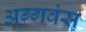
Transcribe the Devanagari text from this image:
अग्गवंस